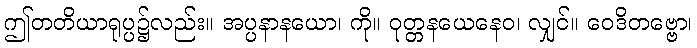
ဤတတိယာရုပ္ပ၌လည်း။ အပ္ပနာနယော၊ ကို။ ဝုတ္တနယေနေဝ၊ လျှင်။ ဝေဒိတဗ္ဗော၊